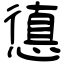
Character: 憄